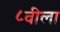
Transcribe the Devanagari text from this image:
८वीला